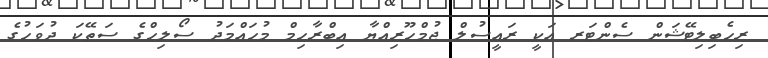
ރިހެބިލިޓޭޝަން ސެންޓަރ އަކީ ރައީސުލް ޖުމްހޫރިއްޔާ އިބްރާހިމް މުހައްމަދު ސޯލިޙްގެ ސަތޭކަ ދުވަހުގެ